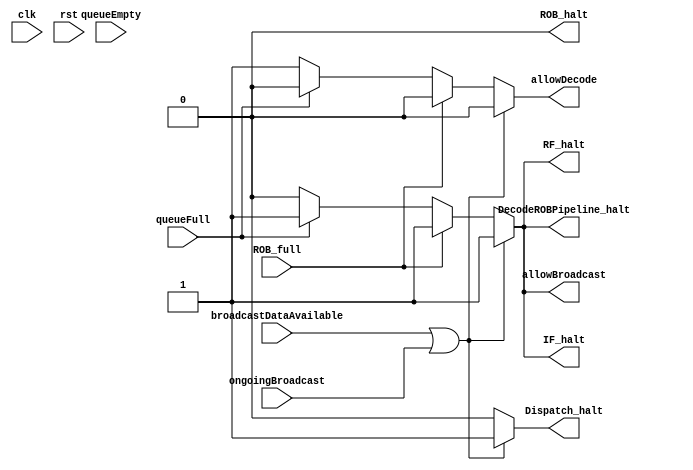

//This is the only explicit control unit
module ArbitrationUnit (input clk,
                        input rst,
                        
                        input ongoingBroadcast,
                        input ROB_full,
                        input queueFull,
                        input queueEmpty,
                        input broadcastDataAvailable,
                        
                        output reg allowDecode = 1,
                        output reg allowBroadcast = 0,
                        
                        output reg IF_halt = 0,
                        output reg RF_halt = 0,
                        output reg DecodeROBPipeline_halt = 0,
                        output reg ROB_halt = 0,
                        output reg Dispatch_halt = 0);
                       
               always @(*)begin
                    if(broadcastDataAvailable | ongoingBroadcast)begin//Broadcast has the highest priority as even if ROB is full, it won't affect broadcast
                        allowDecode = 0;
                        allowBroadcast = 1;
                        
                        IF_halt = 1;
                        RF_halt = 1;
                        DecodeROBPipeline_halt = 1;
                        ROB_halt = 0;
                        Dispatch_halt = 1;//Halt any other dispatch till the ongoing broadcast is over
                    end
                    
                    else if(ROB_full)begin
                        allowDecode = 0;//However decoding can not be allowed
                        allowBroadcast = 1;//Even if ROB is full, broadcast can be absorbed
                        
                        IF_halt = 1;
                        RF_halt = 1;
                        DecodeROBPipeline_halt = 1;
                        ROB_halt = 0;//To allow broadcast
                        Dispatch_halt = 0;
                    end
                    
                    else if(queueFull)begin
                        allowDecode = 0;//However decoding can not be allowed
                        allowBroadcast = 1;//Even if ROB is full, broadcast can be absorbed
                        
                        IF_halt = 1;
                        RF_halt = 1;
                        DecodeROBPipeline_halt = 1;
                        ROB_halt = 0;//To allow broadcast
                        Dispatch_halt = 0;//Allow Broadcast
                    end
                    
                    else if(queueEmpty)begin
                        allowDecode = 1;//Allow decoding to fill queue
                        allowBroadcast = 0;//Broadcast is impossible with empty queue
                        
                        IF_halt = 0;
                        RF_halt = 0;
                        DecodeROBPipeline_halt = 0;
                        ROB_halt = 0;//To allow broadcast
                        Dispatch_halt = 0;//Allow Broadcast
                    end
                    
                    else begin
                        allowDecode = 1;//Allow decoding normally
                        allowBroadcast = 0;
                        
                        IF_halt = 0;
                        RF_halt = 0;
                        DecodeROBPipeline_halt = 0;
                        ROB_halt = 0;//To allow broadcast
                        Dispatch_halt = 0;//Allow Broadcast
                    end
               end
                        
endmodule